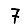
Digit: 7